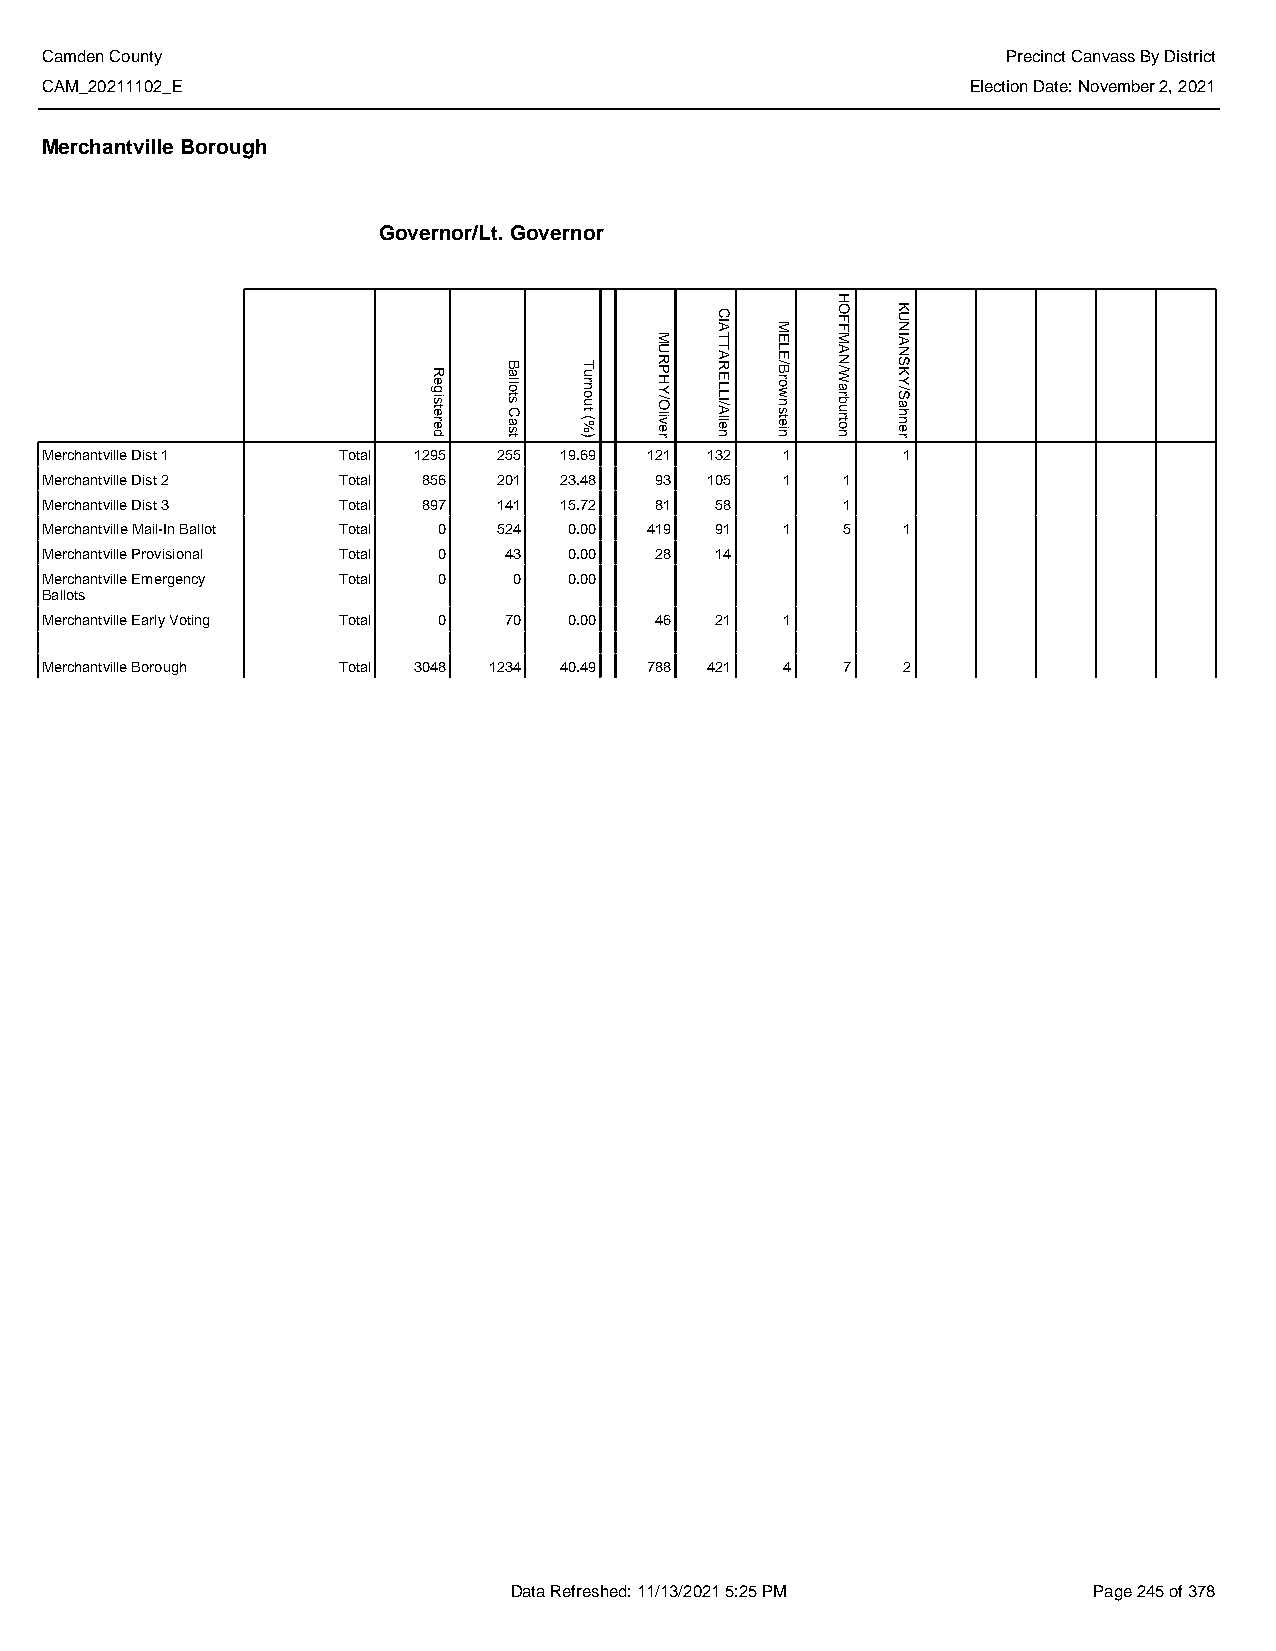
Camden County                                                   Precinct Canvass By District
 CAM_20211102_E                                               Election Date: November 2, 2021
 Merchantville Borough
 Governor/Lt. Governor
 Merchantville Dist 1 Total 1295 255 19.69 121 132 1      1
 Merchantville Dist 2 Total 856 201 23.48 93 105  1   1
 Merchantville Dist 3 Total 897 141 15.72 81 58       1
 Merchantville Mail-In Ballot Total 0 524 0.00 419 91 1 5 1
 Merchantville Provisional Total 0 43 0.00 28 14
 Merchantville Emergency Total 0 0  0.00
 Ballots
 Merchantville Early Voting Total 0 70 0.00 46 21 1
 Merchantville Borough Total 3048 1234 40.49 788 421 4 7  2
 Data Refreshed: 11/13/2021 5:25 PM    Page 245 of 378
 Registered
 Ballots
 Cast
 Turnout
 (%)
 MURPHY/Oliver
 CIATTARELLI/Allen
 MELE/Brownstein
 HOFFMAN/Warburton
 KUNIANSKY/Sahner